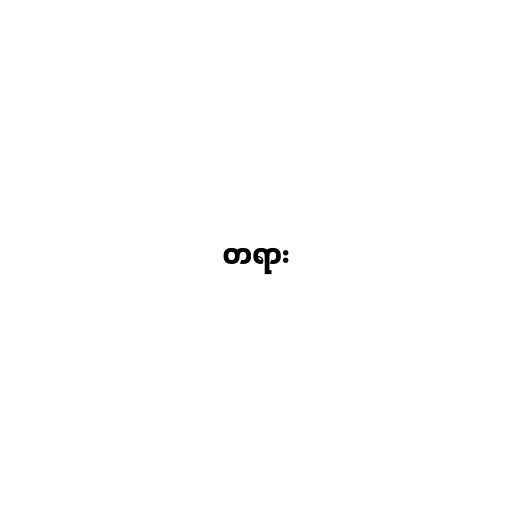
တရား